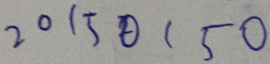
2 0 1 5 0 1 5 0